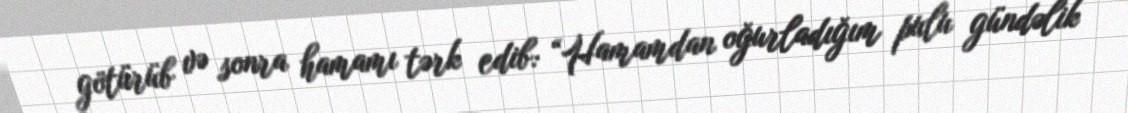
götürüb və sonra hamamı tərk edib: “Hamamdan oğurladığım pulu gündəlik